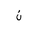
Letter: _non